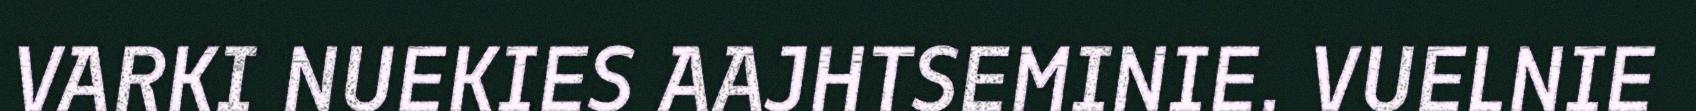
VARKI NUEKIES AAJHTSEMINIE. VUELNIE